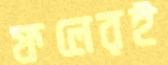
ফলেরই